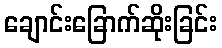
ချောင်းခြောက်ဆိုးခြင်း